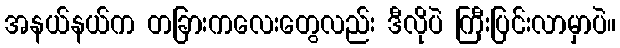
အနယ်နယ်က တခြားကလေးတွေလည်း ဒီလိုပဲ ကြီးပြင်းလာမှာပဲ။